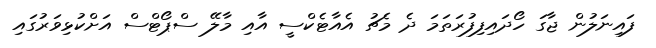
ފައިނަލުން ޖާގަ ހޯދައިފިފުރަތަމަ ދެ މެޗު އެއާޓެކްސީ އާއި މާލޭ ސްޕޯޓްސް އަށްކުޅިވަރުގައި